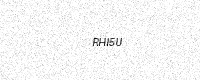
Text: RHI5U